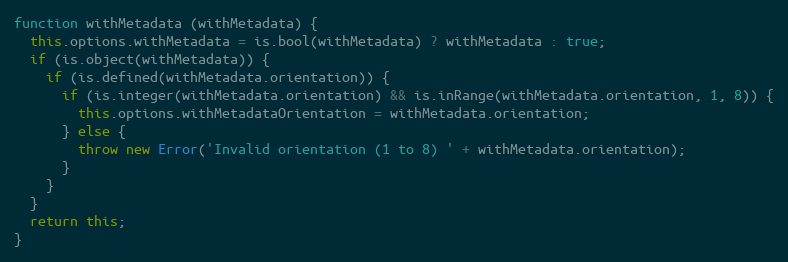
Language: JavaScript
function withMetadata (withMetadata) {
  this.options.withMetadata = is.bool(withMetadata) ? withMetadata : true;
  if (is.object(withMetadata)) {
    if (is.defined(withMetadata.orientation)) {
      if (is.integer(withMetadata.orientation) && is.inRange(withMetadata.orientation, 1, 8)) {
        this.options.withMetadataOrientation = withMetadata.orientation;
      } else {
        throw new Error('Invalid orientation (1 to 8) ' + withMetadata.orientation);
      }
    }
  }
  return this;
}